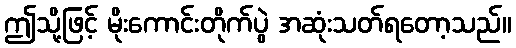
ဤသို့ဖြင့် မိုးကောင်းတိုက်ပွဲ အဆုံးသတ်ရတော့သည်။